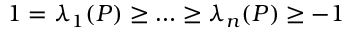
1 = \lambda _ { 1 } ( P ) \ge \ldots \ge \lambda _ { n } ( P ) \ge - 1